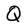
Character: Q